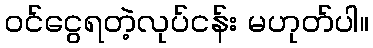
ဝင်ငွေရတဲ့လုပ်ငန်း မဟုတ်ပါ။